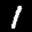
Label: 1